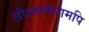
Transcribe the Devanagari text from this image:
लीलामपरामपि